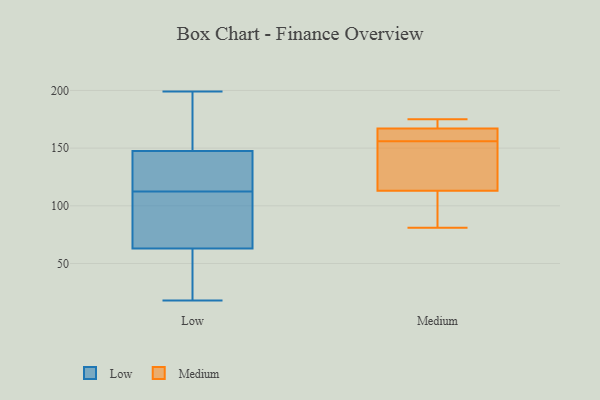
{"axis": {"x": "Backlog", "y": "Value"}, "legend": ["Low", "Medium"], "data": [{"x": "", "y": 199, "type": "Low"}, {"x": "", "y": 114, "type": "Low"}, {"x": "", "y": 142, "type": "Low"}, {"x": "", "y": 151, "type": "Low"}, {"x": "", "y": 101, "type": "Low"}, {"x": "", "y": 111, "type": "Low"}, {"x": "", "y": 186, "type": "Low"}, {"x": "", "y": 86, "type": "Low"}, {"x": "", "y": 18, "type": "Low"}, {"x": "", "y": 35, "type": "Low"}, {"x": "", "y": 40, "type": "Low"}, {"x": "", "y": 144, "type": "Low"}, {"x": "", "y": 165, "type": "Medium"}, {"x": "", "y": 111, "type": "Medium"}, {"x": "", "y": 151, "type": "Medium"}, {"x": "", "y": 167, "type": "Medium"}, {"x": "", "y": 138, "type": "Medium"}, {"x": "", "y": 113, "type": "Medium"}, {"x": "", "y": 175, "type": "Medium"}, {"x": "", "y": 170, "type": "Medium"}, {"x": "", "y": 81, "type": "Medium"}, {"x": "", "y": 161, "type": "Medium"}]}